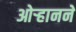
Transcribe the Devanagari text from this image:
ओऱ्हानने